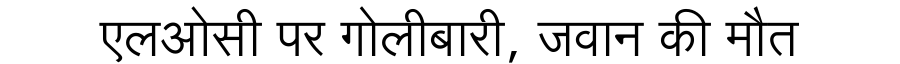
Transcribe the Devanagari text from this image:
एलओसी पर गोलीबारी, जवान की मौत